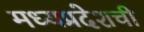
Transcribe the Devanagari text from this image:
मध्यप्रदेशची